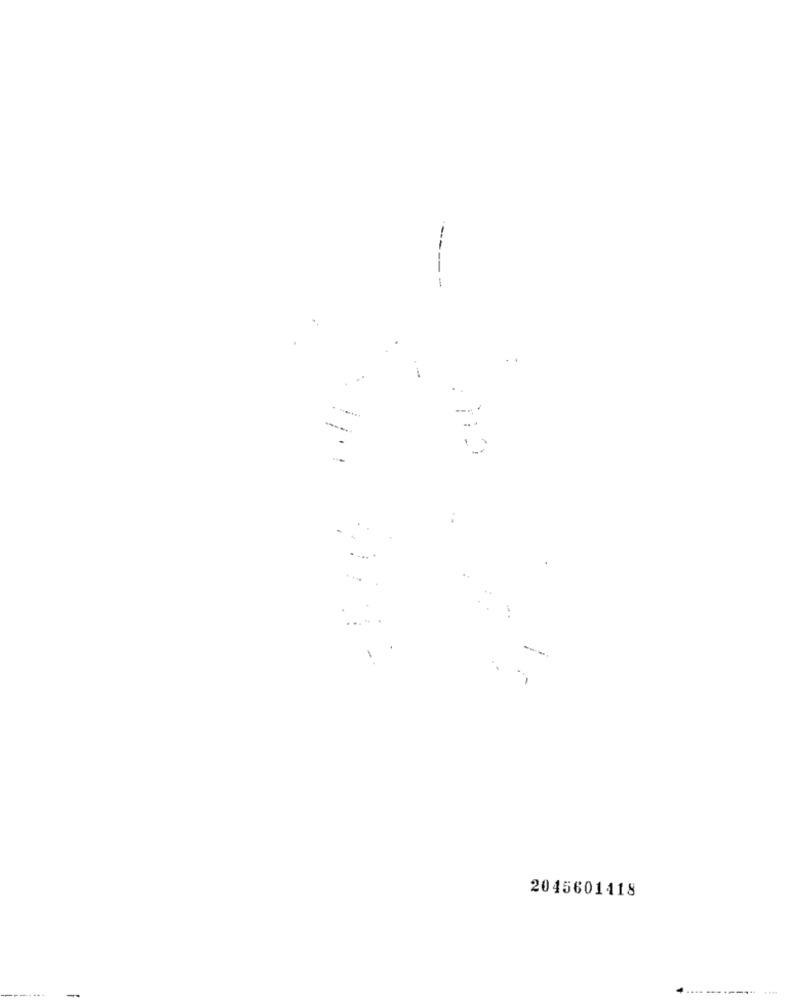
--
- -
-
2045601418